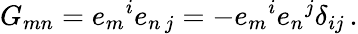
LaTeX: G_{mn}=e_{m}{}^{i}e_{n\, j}=-e_{m}{}^{i}e_{n}{}^{j}\delta_{ij}\, .